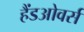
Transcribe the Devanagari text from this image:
हैंडओवर्स